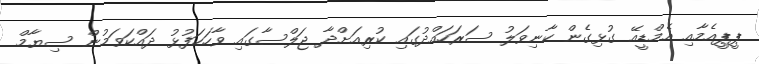
ޕީޕީއެމާއި އެމްޑީއޭ ގުޅިގެން ކާނިވަލު ސަރަހައްދުގައި ކުރިއަށްދާ ޖަލްސާގައި ވާހަކަފުޅު ދައްކަވަމުން ސިޔާމް